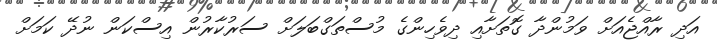
އަދި ރާއްޖެއަށް ވަމުންދާ ގޮތަށާއި ދިވެހިންގެ މުސްތަގްބަލަށް ސަރުކާރުން އިސްކަން ނުދޭ ކަމަށް